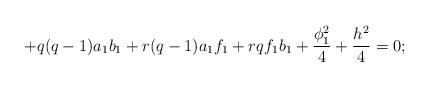
LaTeX: \begin{align*}+q(q-1)a_{1}b_{1}+r(q-1)a_{1}f_{1}+rqf_{1}b_{1}+\frac{\phi_{1}^{2}}{4}+ \frac{h^{2}}{4}=0; \end{align*}